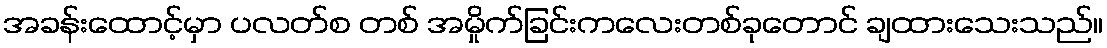
အခန်းထောင့်မှာ ပလတ်စ တစ် အမှိုက်ခြင်းကလေးတစ်ခုတောင် ချထားသေးသည်။